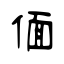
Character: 偭